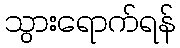
သွားရောက်ရန်